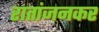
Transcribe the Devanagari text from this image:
रातांजनकर